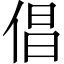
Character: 倡